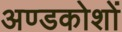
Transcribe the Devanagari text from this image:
अण्डकोशों